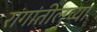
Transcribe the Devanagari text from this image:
रांगांतीलच्या